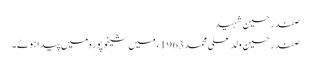
صفدر حسین شہید
صفدر حسین ولد علی محمد 1963ء میں شیخوپورہ میں پیدا ہوئے۔